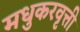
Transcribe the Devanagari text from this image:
मधुकरवृत्ती